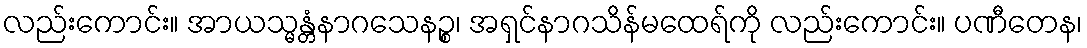
လည်းကောင်း။ အာယသ္မန္တံနာဂသေနဉ္စ၊ အရှင်နာဂသိန်မထေရ်ကို လည်းကောင်း။ ပဏီတေန၊